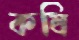
কষি